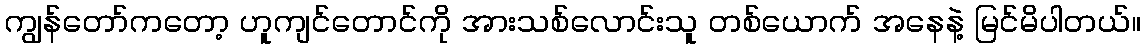
ကျွန်တော်ကတော့ ဟူကျင်တောင်ကို အားသစ်လောင်းသူ တစ်ယောက် အနေနဲ့ မြင်မိပါတယ်။